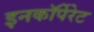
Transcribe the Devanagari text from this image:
इनकाॅर्पेरेट